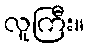
လူကြီး။